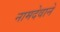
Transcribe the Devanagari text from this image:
नामदेवाने